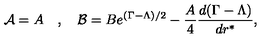
{ \cal { A } } = A \quad , \quad { \cal { B } } = B e ^ { ( \Gamma - \Lambda ) / 2 } - \frac { A } { 4 } \frac { d ( \Gamma - \Lambda ) } { d r ^ { * } } ,